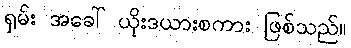
ရှမ်း အခေါ် ယိုးဒယားစကား ဖြစ်သည်။